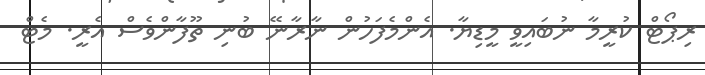
ރިޕޯޓް ކުރީމާ ނުބައިވީ މީޑިޔާ. އެންމެފަހުން ނާރާނޭ ބުނި ތޫފާންވެސް އެރީ. މެޓް